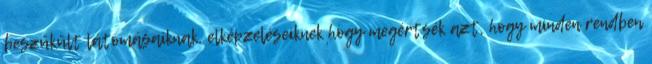
beszűkült látomásaiknak, elképzeléseiknek hogy megértsék azt, hogy minden rendben